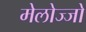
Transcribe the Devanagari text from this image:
मेलोज्जो